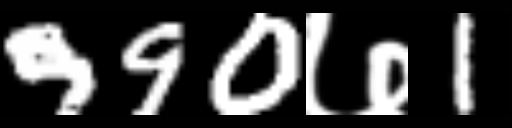
Text: 990७1